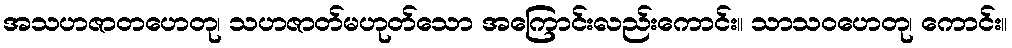
အသဟဇာတဟေတု၊ သဟဇာတ်မဟုတ်သော အကြောင်းလည်းကောင်း။ သာသဝဟေတု၊ ကောင်း။